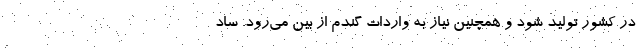
در کشور تولید شود و همچنین نیاز به واردات گندم از بین می‌رود. ساد